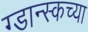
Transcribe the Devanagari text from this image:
ग्डान्स्कच्या